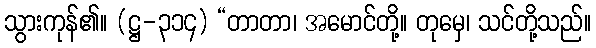
သွားကုန်၏။ (ဋ္ဌ-၃၁၄) “တာတာ၊ အမောင်တို့။ တုမှေ၊ သင်တို့သည်။